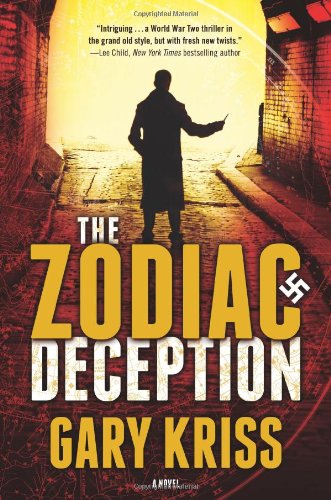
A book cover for The Zodiac Deception: A Novel; Gary Kriss; Travel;